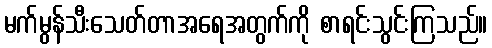
မက်မွန်သီးသေတ်တာအရေအတွက်ကို စာရင်းသွင်းကြသည်။